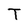
Character: T